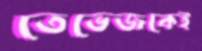
তেভেজকেই